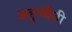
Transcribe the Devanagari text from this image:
अहुनवैती